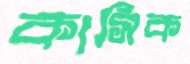
কাসিক